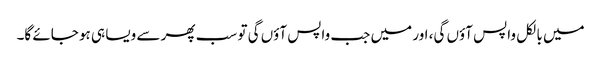
میں بالکل واپس آؤں گی، اور میں جب واپس آؤں گی تو سب پھر سے ویسا ہی ہو جائے گا۔